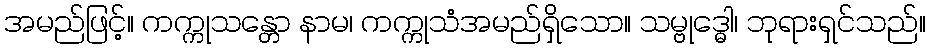
အမည်ဖြင့်။ ကက္ကုသန္တော နာမ၊ ကက္ကုသံအမည်ရှိသော။ သမ္ဗုဒ္ဓေါ၊ ဘုရားရှင်သည်။